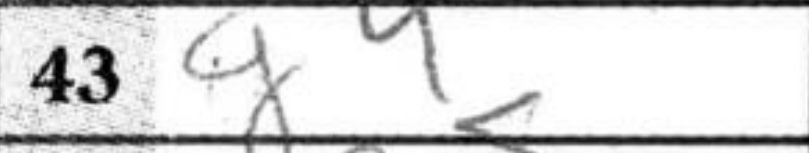
Transcription: g4